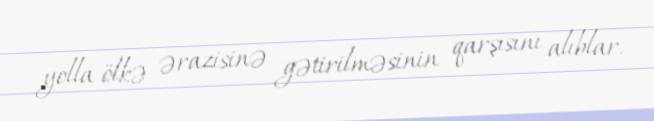
yolla ölkə ərazisinə gətirilməsinin qarşısını alıblar.